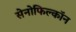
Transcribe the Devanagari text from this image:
सेनोफिल्कॉन